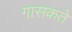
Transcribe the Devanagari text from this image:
गासकते